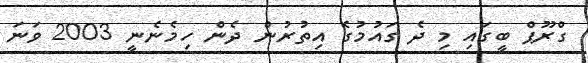
ގްރޫޕް ބީގައި މި ދެ ގައުމުގެ އިތުރުން ދެން ހިމެނެނީ 2003 ވަނަ